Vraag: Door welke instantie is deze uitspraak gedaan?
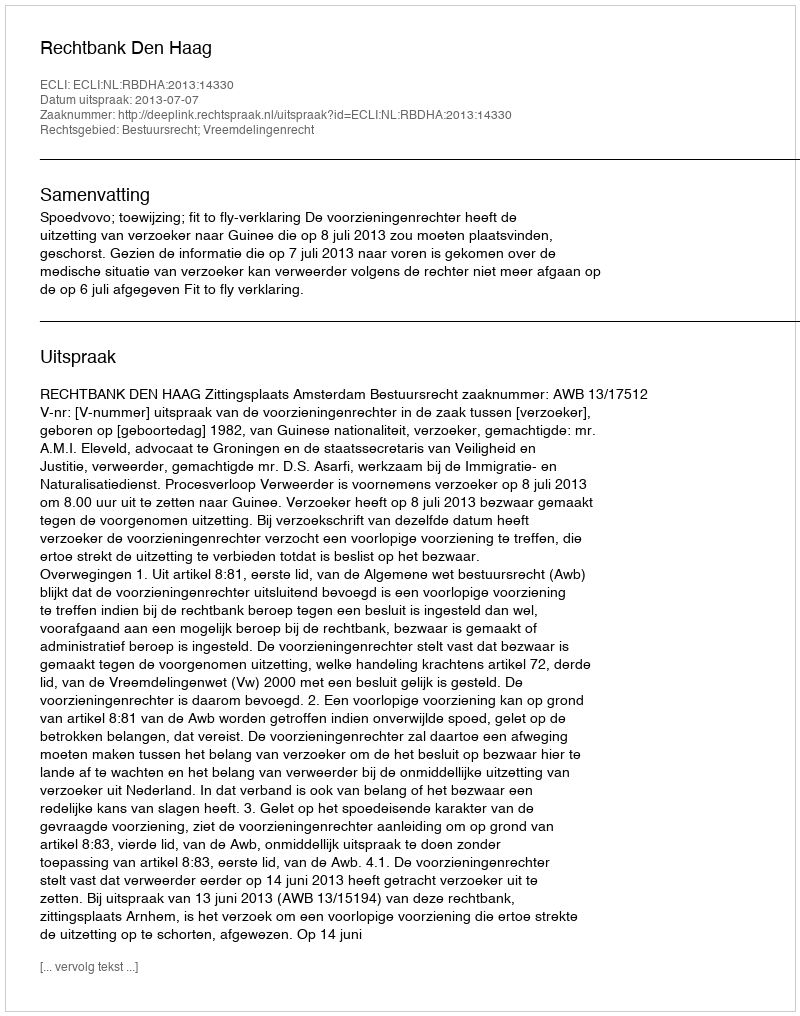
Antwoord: Rechtbank Den Haag